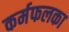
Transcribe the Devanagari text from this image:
कर्मफलका